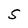
Character: S